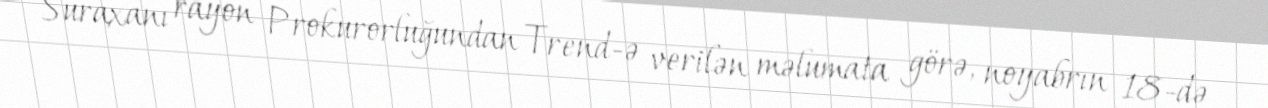
Suraxanı rayon Prokurorluğundan Trend-ə verilən məlumata görə, noyabrın 18-də